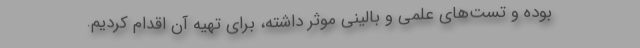
بوده و تست‌های علمی و بالینی موثر داشته، برای تهیه آن اقدام کردیم.